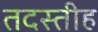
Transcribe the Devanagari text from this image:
तदस्तीह